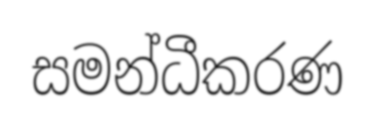
සමන්ධීකරණ